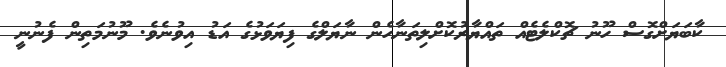
ކާބަޔަށްގޮސް ހޫނު ޗޮކްލެޓެއް ތައްޔާރުކޮށްލިތަނާހެން ނާޔަލްގެ ފިޔަވަޅުގެ އަޑު އިވުނެވެ. މޫނުމަތިން ފެނުނީ